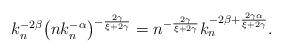
LaTeX: \begin{align*}k_n^{-2\beta}\bigl(nk_n^{-\alpha}\bigr)^{-\frac{2\gamma}{\xi+2\gamma}} = n^{-\frac{2\gamma}{\xi+2\gamma}} k_n^{-2\beta + \frac{2\gamma\alpha}{\xi+2\gamma}}.\end{align*}